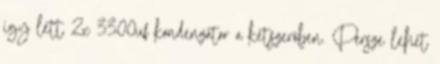
igy lett 2x 3300uf kondenzátor a kétszerõben. Persze lehet